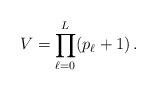
LaTeX: \begin{align*}V = \prod_{\ell=0}^{L}(p_{\ell}+1)\,.\end{align*}